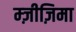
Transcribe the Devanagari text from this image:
म्ज़ीज़िमा